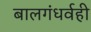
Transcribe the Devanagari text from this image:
बालगंधर्वही